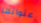
عنوانها